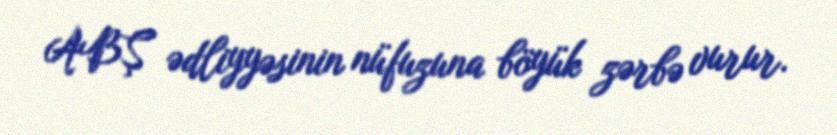
ABŞ ədliyyəsinin nüfuzuna böyük zərbə vurur.